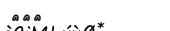
١١٩